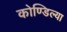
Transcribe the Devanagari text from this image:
कोण्डिल्या